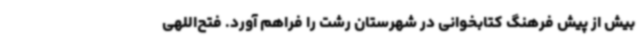
بیش از پیش فرهنگ کتابخوانی در شهرستان رشت را فراهم آورد. فتح‌اللهی